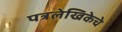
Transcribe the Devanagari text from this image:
पत्रलेखिकेचे